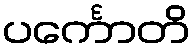
ပင်္ကောတိ